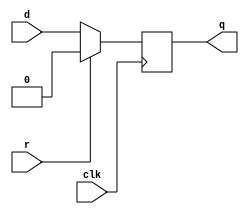
module top_module (
    input clk,
    input d, 
    input r,   // synchronous reset
    output q);
    
    
    always @(posedge clk) begin
        if(r == 1'b1) begin 
            q <= 0;
        end
        else begin 
            q <= d;
    	end 
    end


endmodule